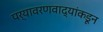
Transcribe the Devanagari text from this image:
पर्यावरणवाद्यांकडून